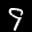
Label: 9